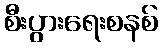
စီးပွားရေးစနစ်